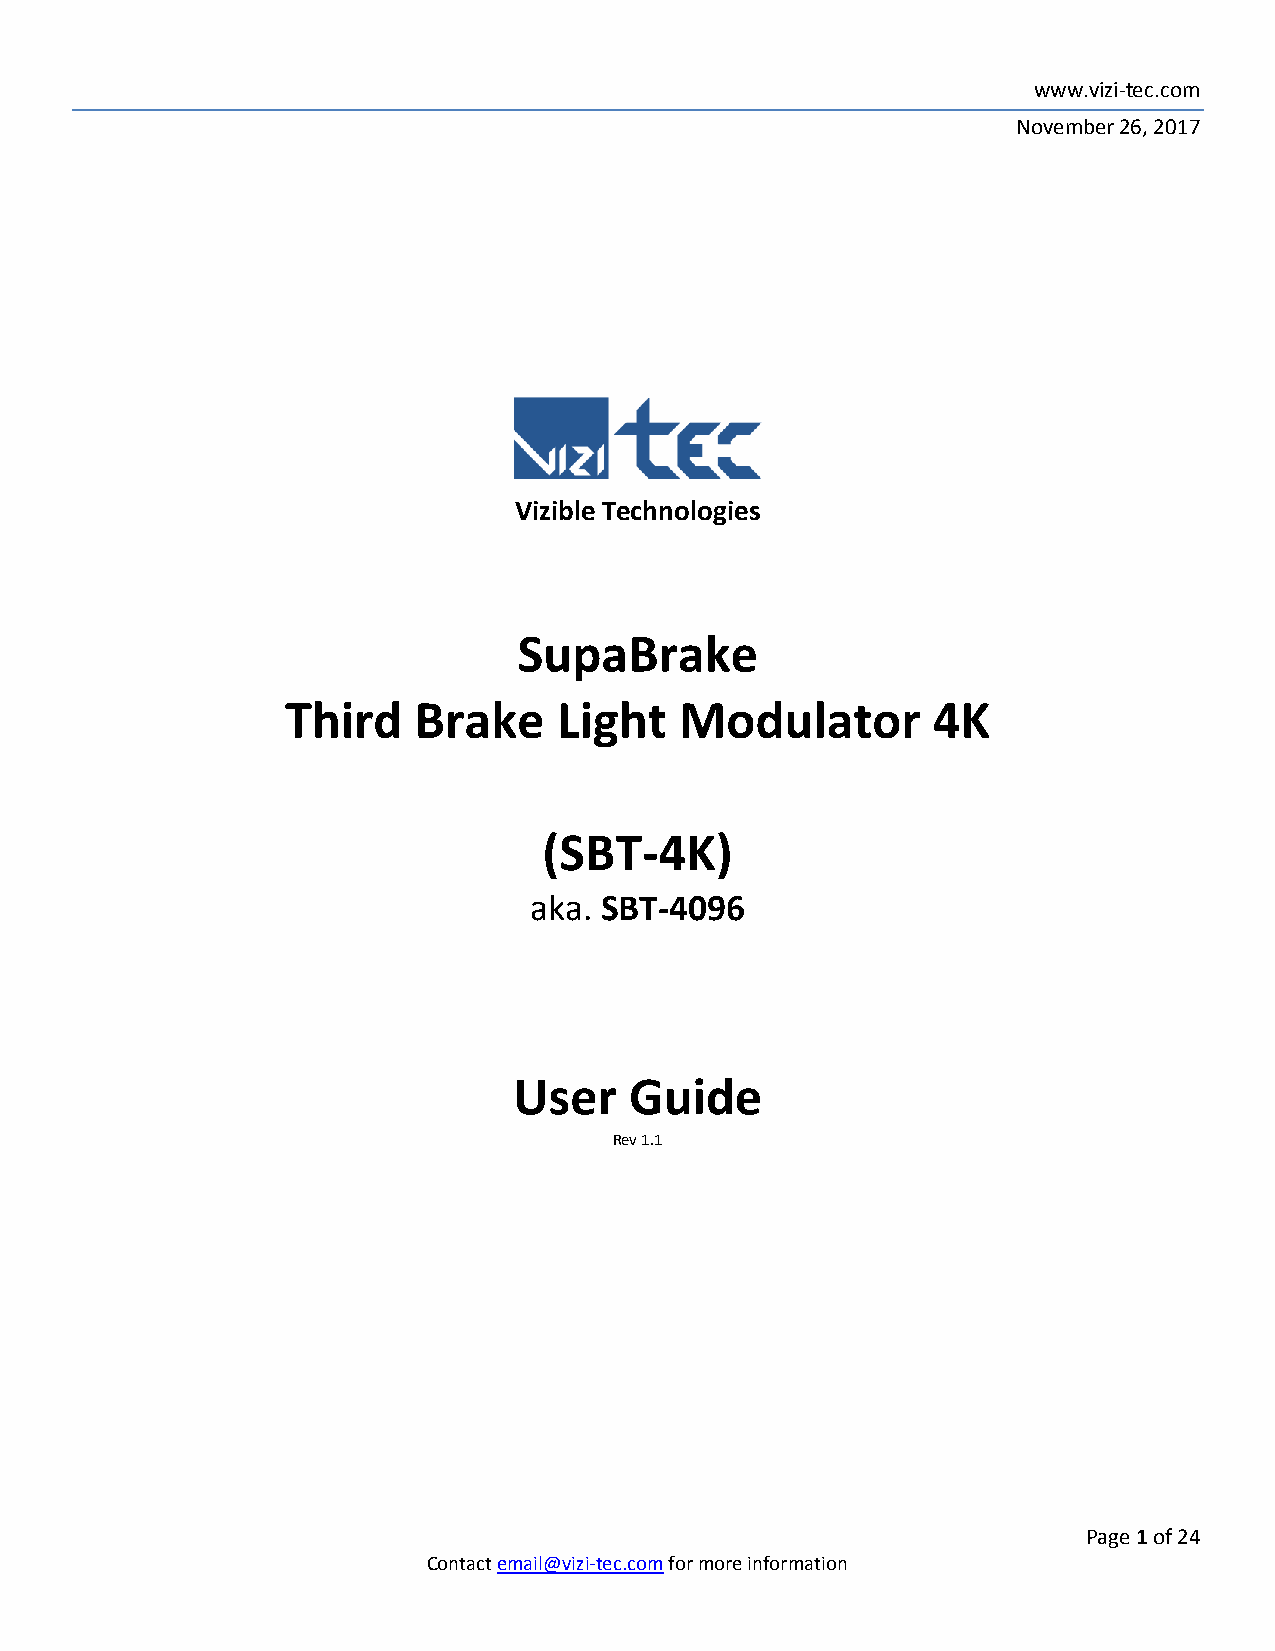
www.vizi-tec.com
 November 26, 2017
 Vizible Technologies
 SupaBrake
 Third   Brake     Light   Modulator        4K
 (SBT-4K)
 aka. SBT-4096
 User    Guide
 Rev 1.1
 Page 1 of 24
 Contact email@vizi-tec.com for more information